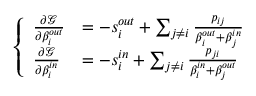
\left\{ \begin{array} { l l } { \frac { \partial \mathcal { G } } { \partial \beta _ { i } ^ { o u t } } } & { = - s _ { i } ^ { o u t } + \sum _ { j \neq i } \frac { p _ { i j } } { \beta _ { i } ^ { o u t } + \beta _ { j } ^ { i n } } } \\ { \frac { \partial \mathcal { G } } { \partial \beta _ { i } ^ { i n } } } & { = - s _ { i } ^ { i n } + \sum _ { j \neq i } \frac { p _ { j i } } { \beta _ { i } ^ { i n } + \beta _ { j } ^ { o u t } } } \end{array} \right.